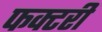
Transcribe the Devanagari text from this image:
फक्टरी